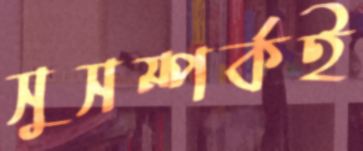
সুসম্পর্কই